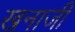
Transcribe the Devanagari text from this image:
खनाजी